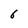
Character: 6